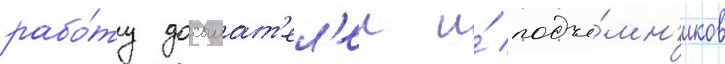
рабо́ту досылат'ел'еи и́ подъё́мн'иков